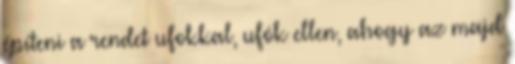
építeni a rendet ufokkal, ufók ellen, ahogy az majd